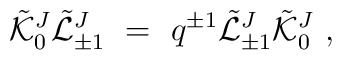
{\tilde {\cal K}}^J_0 {\tilde {\cal L}}^J_{\pm 1} \ =\ q^{\pm 1}{\tilde {\cal L}}^J_{\pm 1} {\tilde {\cal K}}^J_0 \ ,